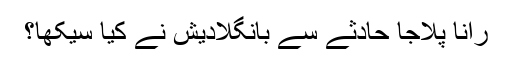
رانا پلاجا حادثے سے بانگلادیش نے کیا سیکھا؟